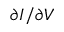
\partial I / \partial V